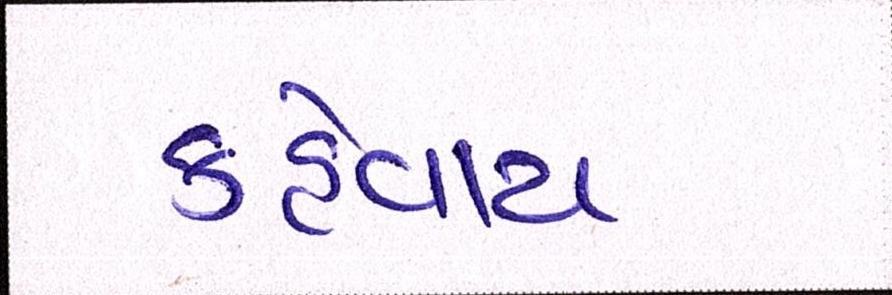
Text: કહેવાય